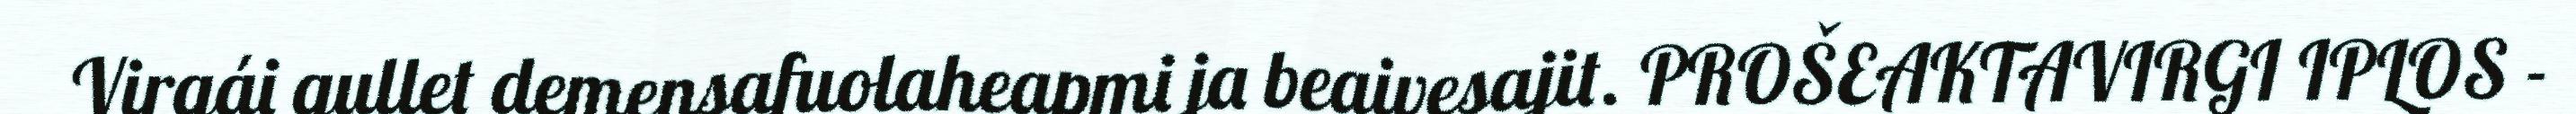
Virgái gullet demensafuolaheapmi ja beaivesajit. PROŠEAKTAVIRGI IPLOS -